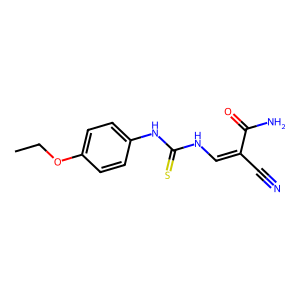
SMILES: CCOc1ccc(NC(=S)NC=C(C#N)C(N)=O)cc1
Inhibits HIV replication: No